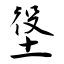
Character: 垼